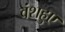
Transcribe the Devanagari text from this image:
वंशहुए